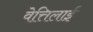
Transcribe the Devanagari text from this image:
वेत्तिलाई